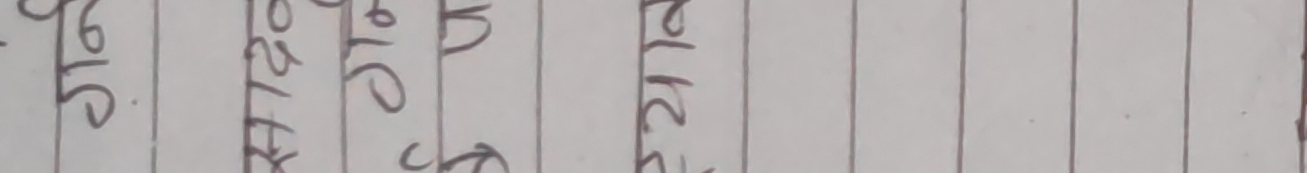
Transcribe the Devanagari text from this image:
३७६ ४७२० ३७९० २११